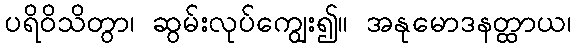
ပရိဝိသိတွာ၊ ဆွမ်းလုပ်ကျွေး၍။ အနုမောဒနတ္ထာယ၊